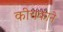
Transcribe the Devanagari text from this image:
कीचकाने